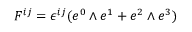
F ^ { i j } = \epsilon ^ { i j } ( e ^ { 0 } \wedge e ^ { 1 } + e ^ { 2 } \wedge e ^ { 3 } )